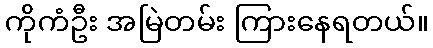
ကိုကံဦး အမြဲတမ်း ကြားနေရတယ်။